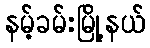
နမ့်ခမ်းမြို့နယ်